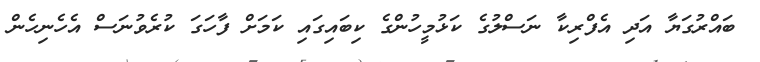
ބައްރުގަޔާ އަދި އެފްރިކާ ނަސްލުގެ ކަޅުމީހުންގެ ކިބައިގައި ކަމަށް ފާހަގަ ކުރެވުނަސް އެހެނިހެން